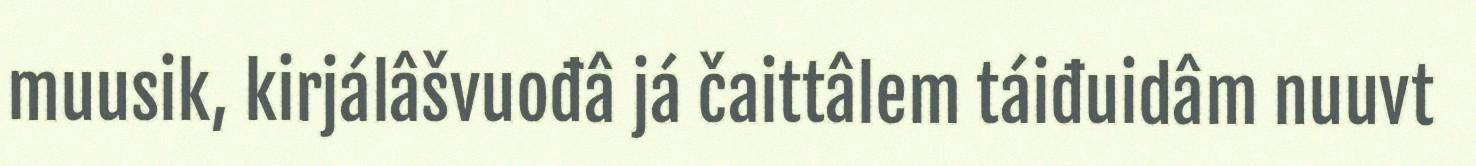
muusik, kirjálâšvuođâ já čaittâlem táiđuidâm nuuvt